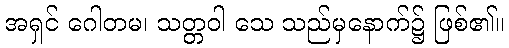
အရှင် ဂေါတမ၊ သတ္တဝါ သေ သည်မှနောက်၌ ဖြစ်၏။